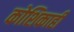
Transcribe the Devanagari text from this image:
कोशिकाही